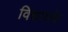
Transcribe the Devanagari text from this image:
विन्नायके